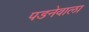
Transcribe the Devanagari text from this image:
पडनेवाला